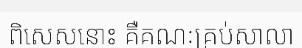
ពិសេសនោះ គឺគណៈគ្រប់សាលា